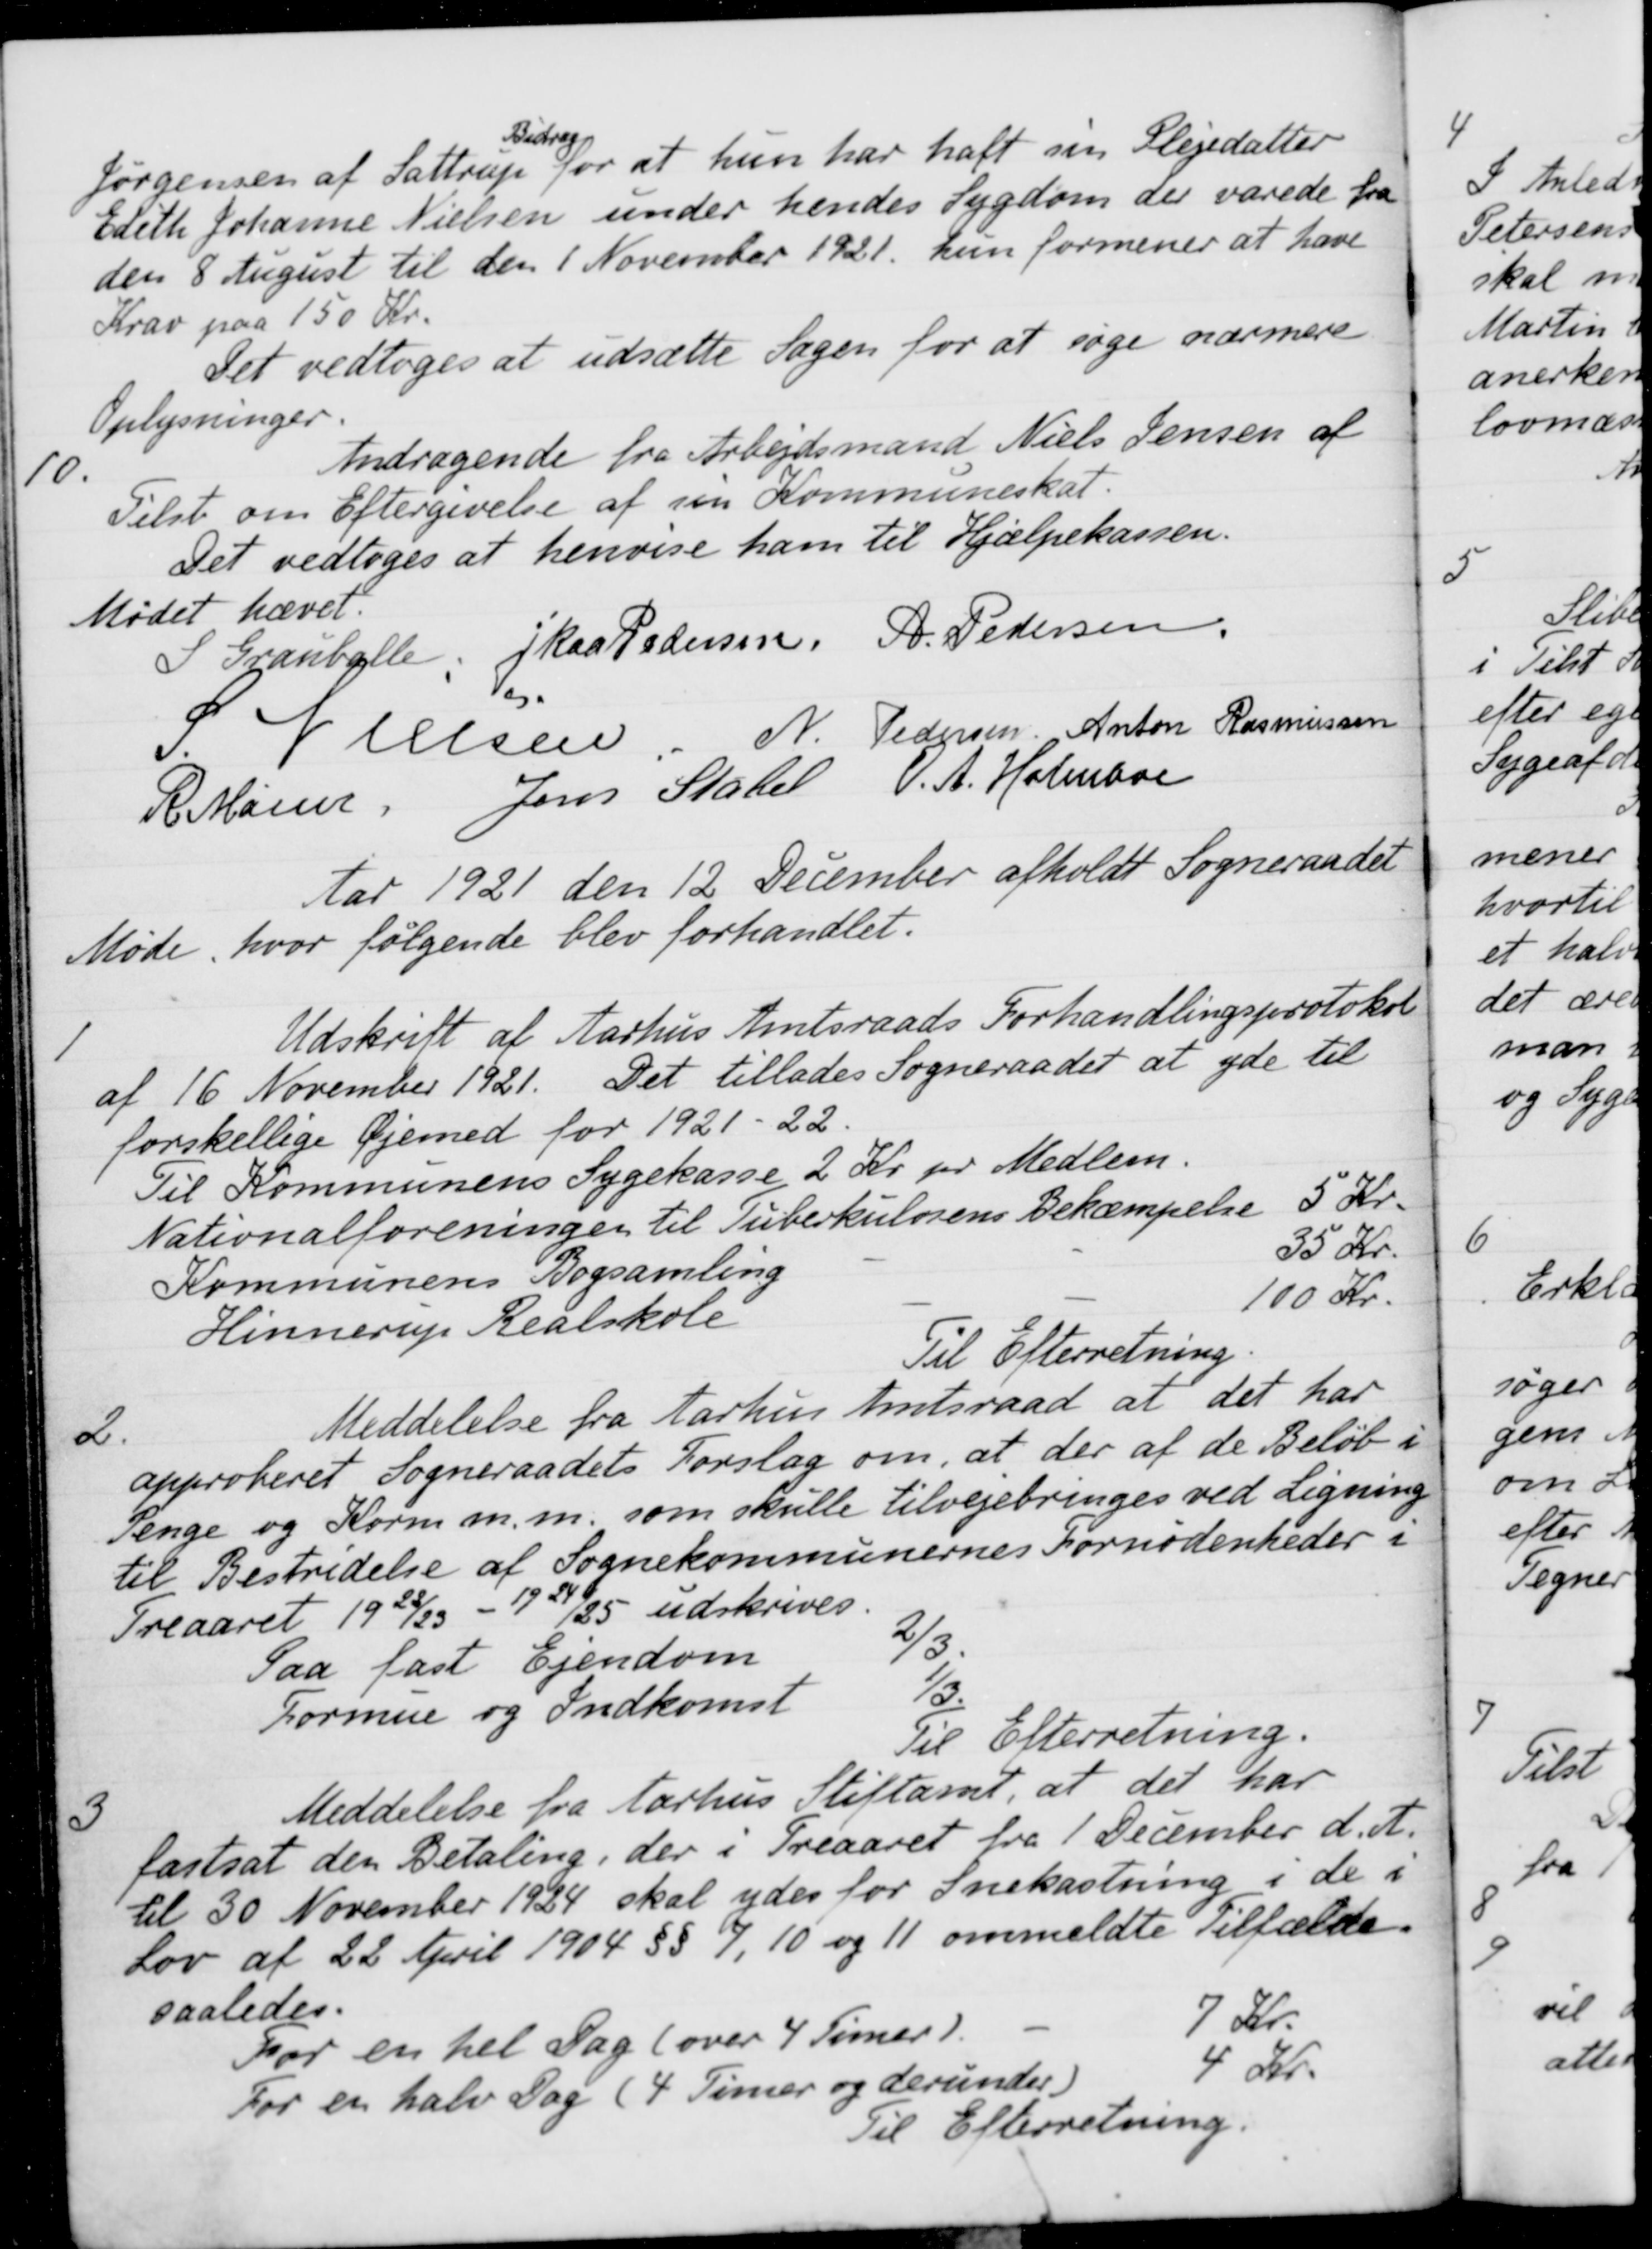
Transskription:
Jørgensen af Sattrup
Bidrag
for at hun har haft sin Plejedatter
Edethe Johanne Nielsen under hendes Sygdom der varede fra
den 8 August til den 1 November 1921 hun formener at have
Krav paa 150 Kr.
Det vedtoges at udsætte Sagen for at søge nærmere
Oplysninger.
10.
Andragende fra Arbejdsmand Niels Jensen af
Tilst om Eftergivelse af sin Kommuneskat.
Det vedtoges at henvise ham til Hjælpekassen.
Mødet hævet.
I Grauballe
J Kaa Pedersen,
A. Pedersen
S. Nielsen
N. Pedersen,
Anton Rasmussen
R Mainz
Jens Stabel
O. A. Holmboe
Aar 1921 den 12 December afholdt Sogneraadet
Møde, hvor følgende blev forhandlet.
1
Udskrift af Aarhus Amtsraads Forhandlingsprotokol
af 16 November 1921. Det tillades Sogneraadet at yde til
forskellige Øjemed for 1921-22.
Til Kommunens Sygekasse 2 Kr pr Medlem.
Nationalforeningen til Tuberkulosens Bekæmpelse
5 Kr.
Kommunens Bogsamling
35 Kr.
Hinnerup Realskole
100 Kr.
Til Efterretning
2.
Meddelelse fra Aarhus Amtsraad at det har
approberet Sogneraadets Forslag om, at der af de Beløb i
Penge og Korn m.m. som skulle tilvejebringes ved Ligning
til Bestridelse af Sognekommunernes Fornødenheder i
Treaaret 1922/23 - 1924/25 udskrives.
Paa fast Ejendom
2/3.
Formue og Indkomst
1/3.
Til Efterretning.
3
Meddelelse fra Aarhus Stiftamt, at det har
fastsat den Betaling, der i Treaaret fra 1 December d. A.
til 30 November 1924 skal ydes for Snekastning i de i
Lov af 22 April 1904 §§ 7, 10 og 11 ommeldte Tilfælde.
saaledes.
For en hel Dag (over 4 Timer)
7 Kr.
For en halv Dag (4 Timer og derunder)
4 Kr.
Til Efterretning.